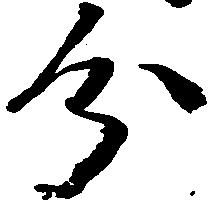
分